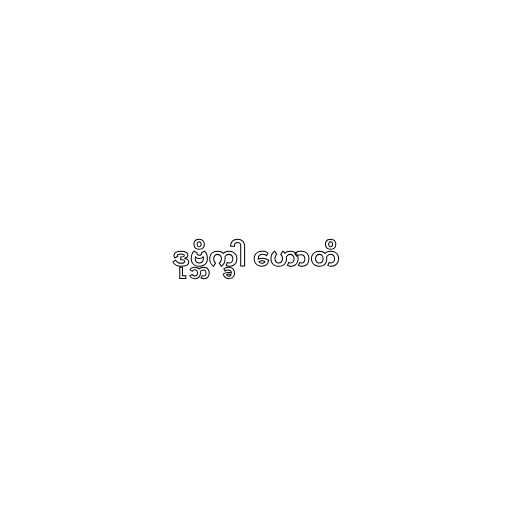
ဒုဗ္ဘိက္ခါ ဟောတိ